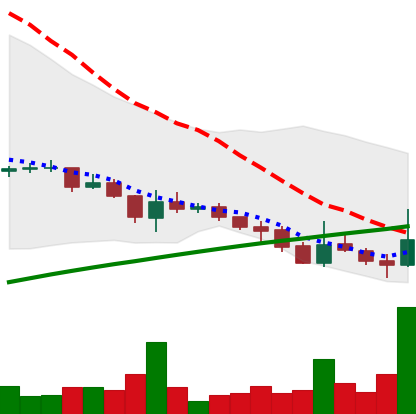
Ticker: DOGE-USD
Chart end date: 2021-07-21
Forward return: 7.392%
Label: up_7plus